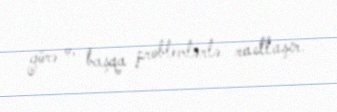
görə o, başqa problemlərlə rastlaşır.